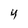
Character: 4